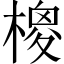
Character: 𣙺